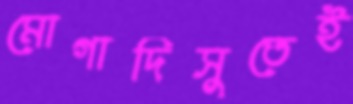
মোগাদিসুতেই